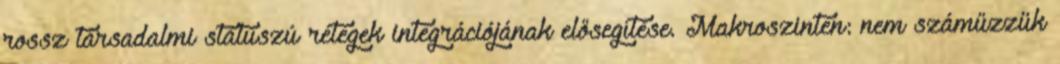
rossz társadalmi státuszú rétegek integrációjának elősegítése. Makroszinten: nem száműzzük